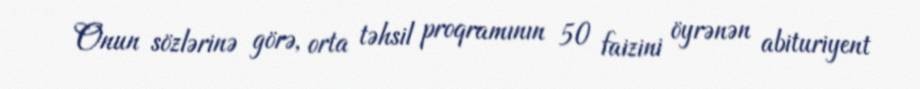
Onun sözlərinə görə, orta təhsil proqramının 50 faizini öyrənən abituriyent